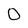
Character: 0